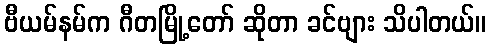
ဗီယမ်နမ်က ဂီတမြို့တော် ဆိုတာ ခင်ဗျား သိပါတယ်။